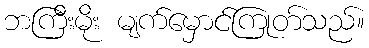
ဘကြီးမိုး မျက်မှောင်ကြုတ်သည်။